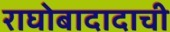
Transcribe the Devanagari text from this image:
राघोबादादाची